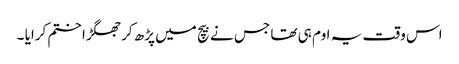
اس وقت یہ اوم ہی تھا جس نے بیچ میں پڑھ کر جھگڑا ختم کرایا ۔